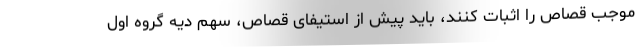
موجب قصاص را اثبات کنند، باید پیش از استیفای قصاص، سهم دیه گروه اول